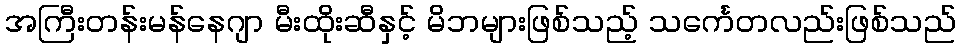
အကြီးတန်းမန်နေဂျာ မီးထိုးဆီနှင့် မိဘများဖြစ်သည့် သင်္ကေတလည်းဖြစ်သည်